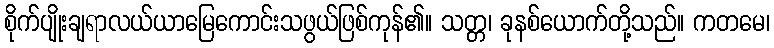
စိုက်ပျိုးချရာလယ်ယာမြေကောင်းသဖွယ်ဖြစ်ကုန်၏။ သတ္တ၊ ခုနစ်ယောက်တို့သည်။ ကတမေ၊